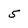
Character: 5